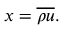
x = { \overline { { \rho } } } { \overline { { u } } } .